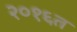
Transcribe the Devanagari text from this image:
२०१६त